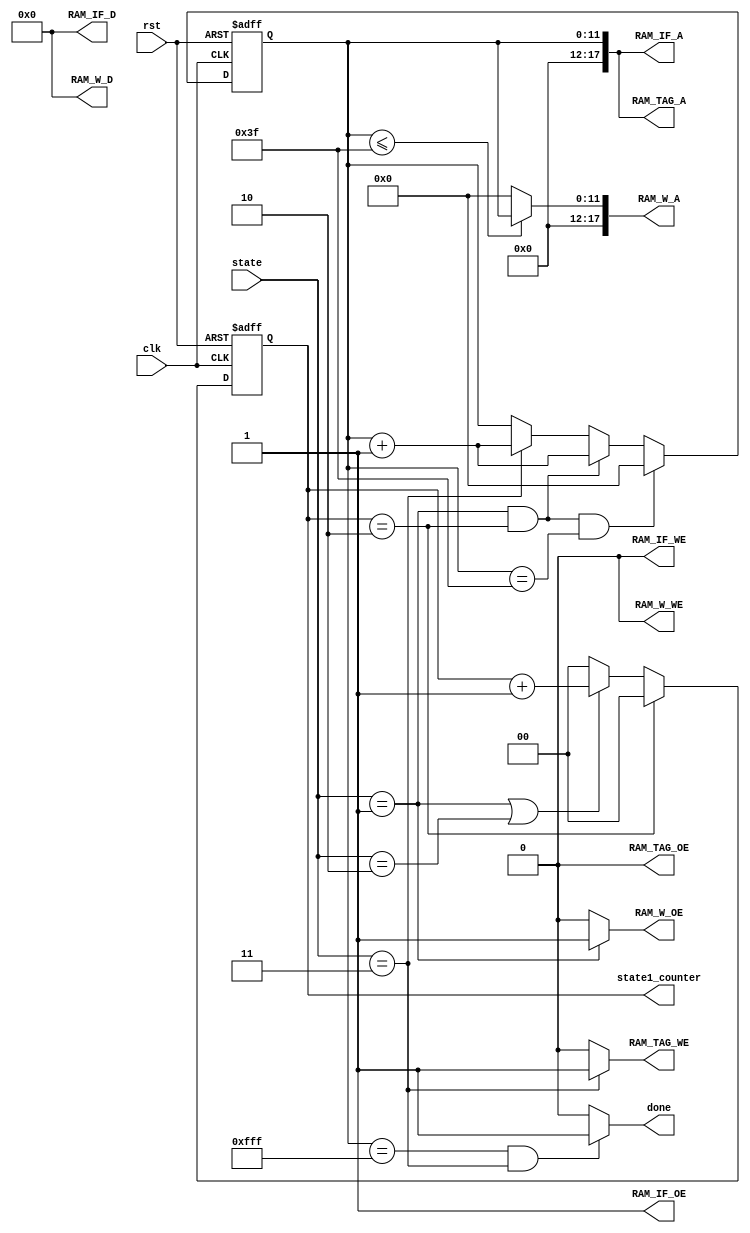
module controller(
  input                 clk,
  input                 rst,
  input   [2:0]         state,  
  //input   [1:0]         mode,
  //input   [24*64 - 1:0] weight,
  //input   [2:0]         winner_VEP_x,
  //input   [2:0]         winner_VEP_y,
  output  reg [1:0]         state1_counter,
  output                RAM_IF_OE,
  output                RAM_IF_WE, //always zero
  output  [17:0]        RAM_IF_A,
  output  [23:0]        RAM_IF_D, //always zero
  output                RAM_W_OE,
  output                RAM_W_WE, //always zero
  output  [17:0]        RAM_W_A,
  output  [23:0]        RAM_W_D, //always zero
  output                RAM_TAG_OE,
  output                RAM_TAG_WE,
  output  [17:0]        RAM_TAG_A,
  //output  [23:0]        RAM_TAG_D,
  //output  [63:0]        write_vep,
  output                done
);

parameter IDLE=3'd0,
		  LOAD_WEIGHT=3'd1,
		  FIND_MIN=3'd2,
		  WRITE_TAG=3'd3,
		  FINISH=3'd4;

//reg [5:0] code_counter;
reg [11:0] pixel_counter;


assign RAM_IF_WE=1'b0;
assign RAM_IF_D=24'd0;
assign RAM_W_WE=1'b0;
assign RAM_W_D=24'd0;
assign RAM_TAG_OE=1'b0;
/*
always@(posedge clk or posedge rst)
	if(rst)
		code_counter<=6'd0;
	else if(state==LOAD_WEIGHT && state1_counter==2'd2)
		code_counter<=code_counter+6'd1;
	else if(state==LOAD_WEIGHT && state1_counter!=2'd2)
		code_counter<=code_counter;
	else
		code_counter<=6'd0;
*/


always@(posedge clk or posedge rst)
	if(rst)
		pixel_counter<=12'd0;
	else if(state==LOAD_WEIGHT && state1_counter==2'd2 && pixel_counter==12'd63)
		pixel_counter<=12'd0;
	else if(state==LOAD_WEIGHT && state1_counter==2'd2)
		pixel_counter<=pixel_counter+12'd1;
	else if(state==WRITE_TAG )
		pixel_counter<=pixel_counter+12'd1;
	else
		pixel_counter<=pixel_counter;

always@(posedge clk or posedge rst)
	if(rst)
		state1_counter<=2'd0;
	else if(state1_counter==2'd2)
		state1_counter<=2'd0;
	else if(state==LOAD_WEIGHT || state==FIND_MIN)
		state1_counter<=state1_counter+2'd1;
	else
		state1_counter<=2'd0;

assign RAM_W_A=(pixel_counter<=12'd63)?{6'd0,pixel_counter}:18'd0;

assign RAM_IF_A={6'd0,pixel_counter};

assign RAM_IF_OE=1'b1;

assign RAM_W_OE=(state==LOAD_WEIGHT)?1'b1:1'b0;

assign RAM_TAG_WE=(state==WRITE_TAG)?1'b1:1'b0;

assign RAM_TAG_A={6'd0,pixel_counter};

assign done=(pixel_counter==12'd4095 && state==WRITE_TAG)?1'b1:1'b0;
		

endmodule